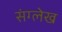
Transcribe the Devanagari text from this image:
संग्लेख